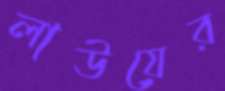
লাউয়ের